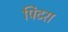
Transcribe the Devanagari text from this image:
पिटरा